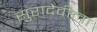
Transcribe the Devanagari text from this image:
सुरादेवीला